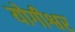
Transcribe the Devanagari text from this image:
योगीश्वर